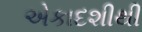
એકાદશીથી